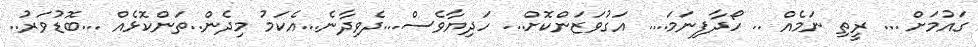
ގައުމަށް ... ރީތި ނަމެއް .. ހޯދާފިނަމަ.... އަގުވަޒަންކޮށް... ހަދިޔާވެސް...ދެވިދާނެ...އެކަމު މިދެން..ތަންކޮޅެއް ...ބޮޑުވަރު..